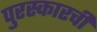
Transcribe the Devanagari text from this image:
पुरस्कारची